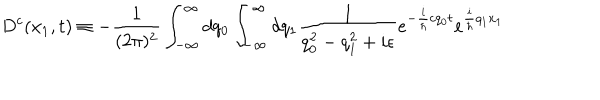
D ^ { c } ( x _ { 1 } , t ) \equiv - \frac { 1 } { ( 2 \pi ) ^ { 2 } } \int _ { - \infty } ^ { \infty } d q _ { 0 } \int _ { - \infty } ^ { \infty } d q _ { 1 } \frac { 1 } { q _ { 0 } ^ { 2 } - q _ { 1 } ^ { 2 } + i \epsilon } e ^ { - \frac { i } { \hbar } c q _ { 0 } t } e ^ { \frac { i } { \hbar } q _ { 1 } x _ { 1 } }